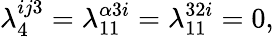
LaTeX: \lambda_{4}^{ij3}=\lambda_{11}^{\alpha 3i}=\lambda_{11}^{32i}=0,